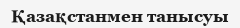
Қазақстанмен танысуы